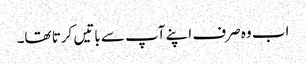
اب وہ صرف اپنے آپ سے باتیں کرتا تھا۔